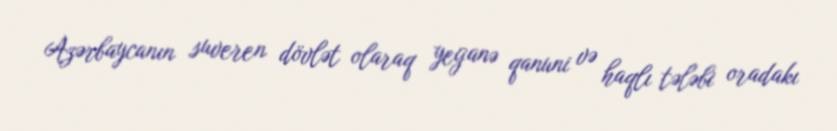
Azərbaycanın suveren dövlət olaraq yeganə qanuni və haqlı tələbi oradakı